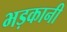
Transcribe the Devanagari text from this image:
भड़कानी